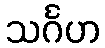
သင်္ဂဟ